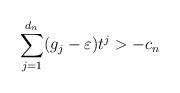
LaTeX: \begin{align*} \sum_{j=1}^{d_n} (g_j-\varepsilon)t^j > -c_n\end{align*}